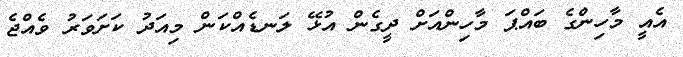
އެއީ މާހިންގެ ބައްޕަ މާހިންއަށް ދީގެން އުޅޭ ލަނޑެއްކަން މިއަދު ކަށަވަރު ވެއްޖެ